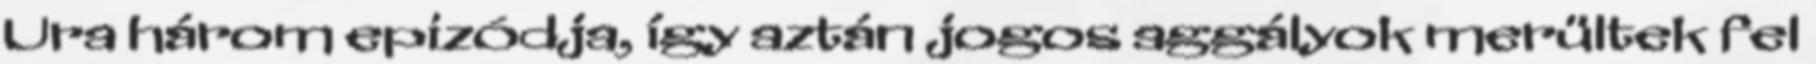
Ura három epizódja, így aztán jogos aggályok merültek fel